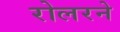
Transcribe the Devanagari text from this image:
रोलरने